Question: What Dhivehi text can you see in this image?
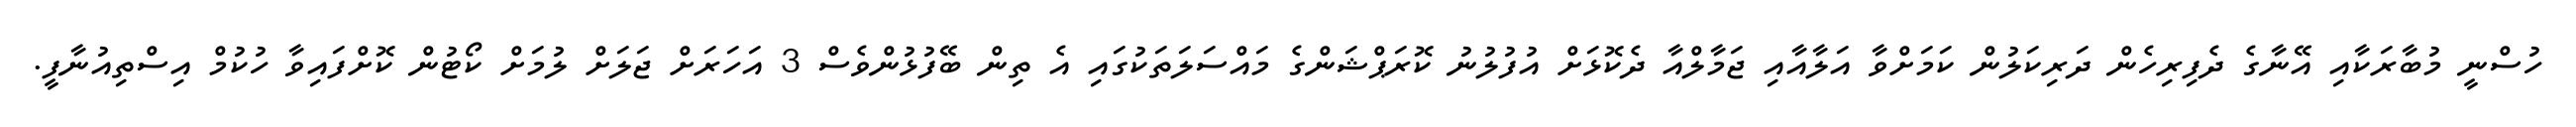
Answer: ހުސްނީ މުބާރަކާއި އޭނާގެ ދެފިރިހެން ދަރިކަލުން ކަމަށްވާ އަލާއާއި ޖަމާލްއާ ދެކޮޅަށް އުފުލުނު ކޮރަޕްޝަންގެ މައްސަލަތަކުގައި އެ ތިން ބޭފުޅުންވެސް 3 އަހަރަށް ޖަލަށް ލުމަށް ކޯޓުން ކޮށްފައިވާ ހުކުމް އިސްތިއުނާފީ.